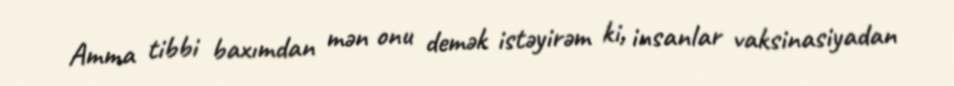
Amma tibbi baxımdan mən onu demək istəyirəm ki, insanlar vaksinasiyadan